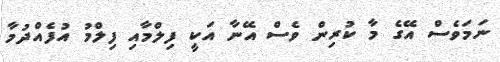
ނަމަވެސް އޭގެ މާ ކުރިން ވެސް އޭނާ އަކީ ފިލްމާއި ފިލްމު އުފެއްދުމާ